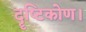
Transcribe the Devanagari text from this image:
दॄष्‍टिकोण।